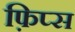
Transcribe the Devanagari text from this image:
फ़िप्स